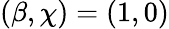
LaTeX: (\beta,\chi)=(1,0)